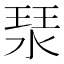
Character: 𤦗